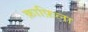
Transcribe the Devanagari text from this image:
क़ाफ़िला